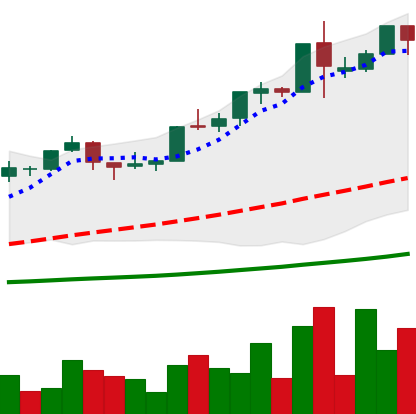
Ticker: BTC-USD
Chart end date: 2015-12-16
Forward return: -3.582%
Label: down_3_5